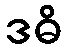
ဒဓိ